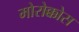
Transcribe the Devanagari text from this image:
मोरोक्कोस